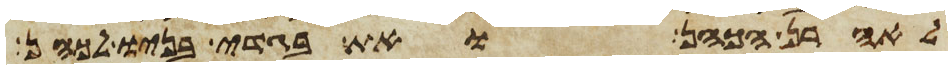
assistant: לאהרן הכהן ואת בגדי בניו לכהן